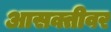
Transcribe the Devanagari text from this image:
आसक्तीवर